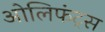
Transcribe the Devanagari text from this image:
ओलिफंट्स